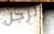
الرجل